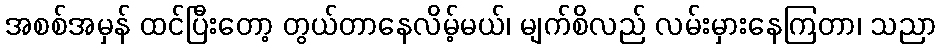
အစစ်အမှန် ထင်ပြီးတော့ တွယ်တာနေလိမ့်မယ်၊ မျက်စိလည် လမ်းမှားနေကြတာ၊ သညာ